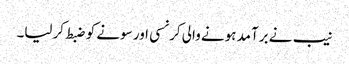
نیب نے برآمد ہونے والی کرنسی اور سونے کو ضبط کرلیا۔